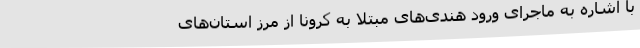
با اشاره به ماجرای ورود هندی‌های مبتلا به کرونا از مرز استان‌های